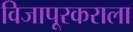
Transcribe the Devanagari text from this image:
विजापूरकराला